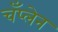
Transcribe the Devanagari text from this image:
चँप्लेन